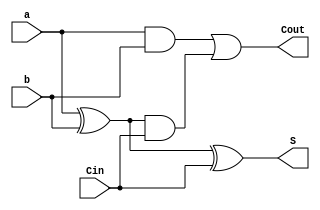
module FA(
input a,
input b,
input Cin,
output reg S,
output reg Cout
);
always @*
begin
S = a ^ b ^ Cin;
Cout =  a&b | ((a^b) & Cin);
end
endmodule